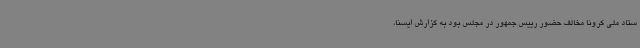
ستاد ملی کرونا مخالف حضور رییس جمهور در مجلس بود به گزارش ایسنا،